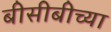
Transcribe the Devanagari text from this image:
बीसीबीच्या